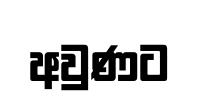
අවුණට